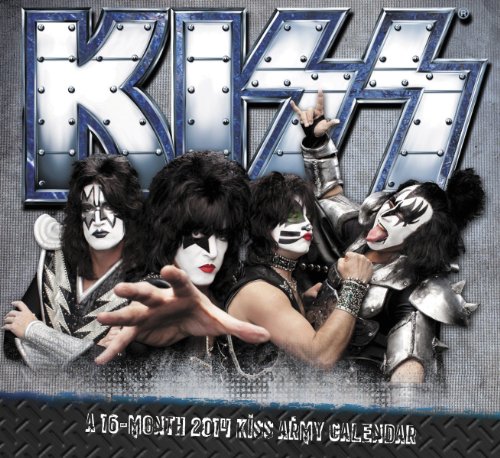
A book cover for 2014 Kiss Wall Calendar; Live Nation; Calendars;